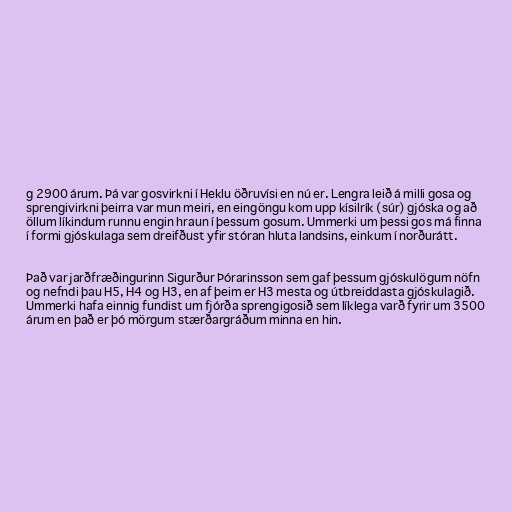
g 2900 árum. Þá var gosvirkni í Heklu öðruvísi en nú er. Lengra leið á milli gosa og
sprengivirkni þeirra var mun meiri, en eingöngu kom upp kísilrík (súr) gjóska og að
öllum líkindum runnu engin hraun í þessum gosum. Ummerki um þessi gos má finna
í formi gjóskulaga sem dreifðust yfir stóran hluta landsins, einkum í norðurátt.

Það var jarðfræðingurinn Sigurður Þórarinsson sem gaf þessum gjóskulögum nöfn
og nefndi þau H5, H4 og H3, en af þeim er H3 mesta og útbreiddasta gjóskulagið.
Ummerki hafa einnig fundist um fjórða sprengigosið sem líklega varð fyrir um 3500
árum en það er þó mörgum stærðargráðum minna en hin.